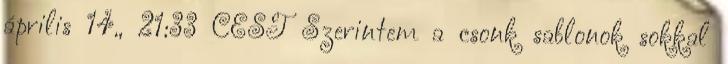
április 14., 21:33 CEST Szerintem a csonk sablonok sokkal